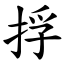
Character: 捊